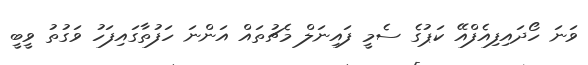
ވަނަ ހޯދައިފިއެފްއޭ ކަޕުގެ ސެމީ ފައިނަލް މެޗުތައް އަންނަ ހަފުތާގައިފަހު ވަގުތު ވީބީ